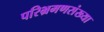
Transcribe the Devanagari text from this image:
परिभ्रमणसंख्या